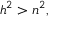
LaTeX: h ^ { 2 } > n ^ { 2 } ,